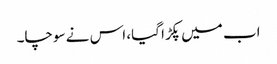
اب میں پکڑا گیا، اس نے سوچا۔